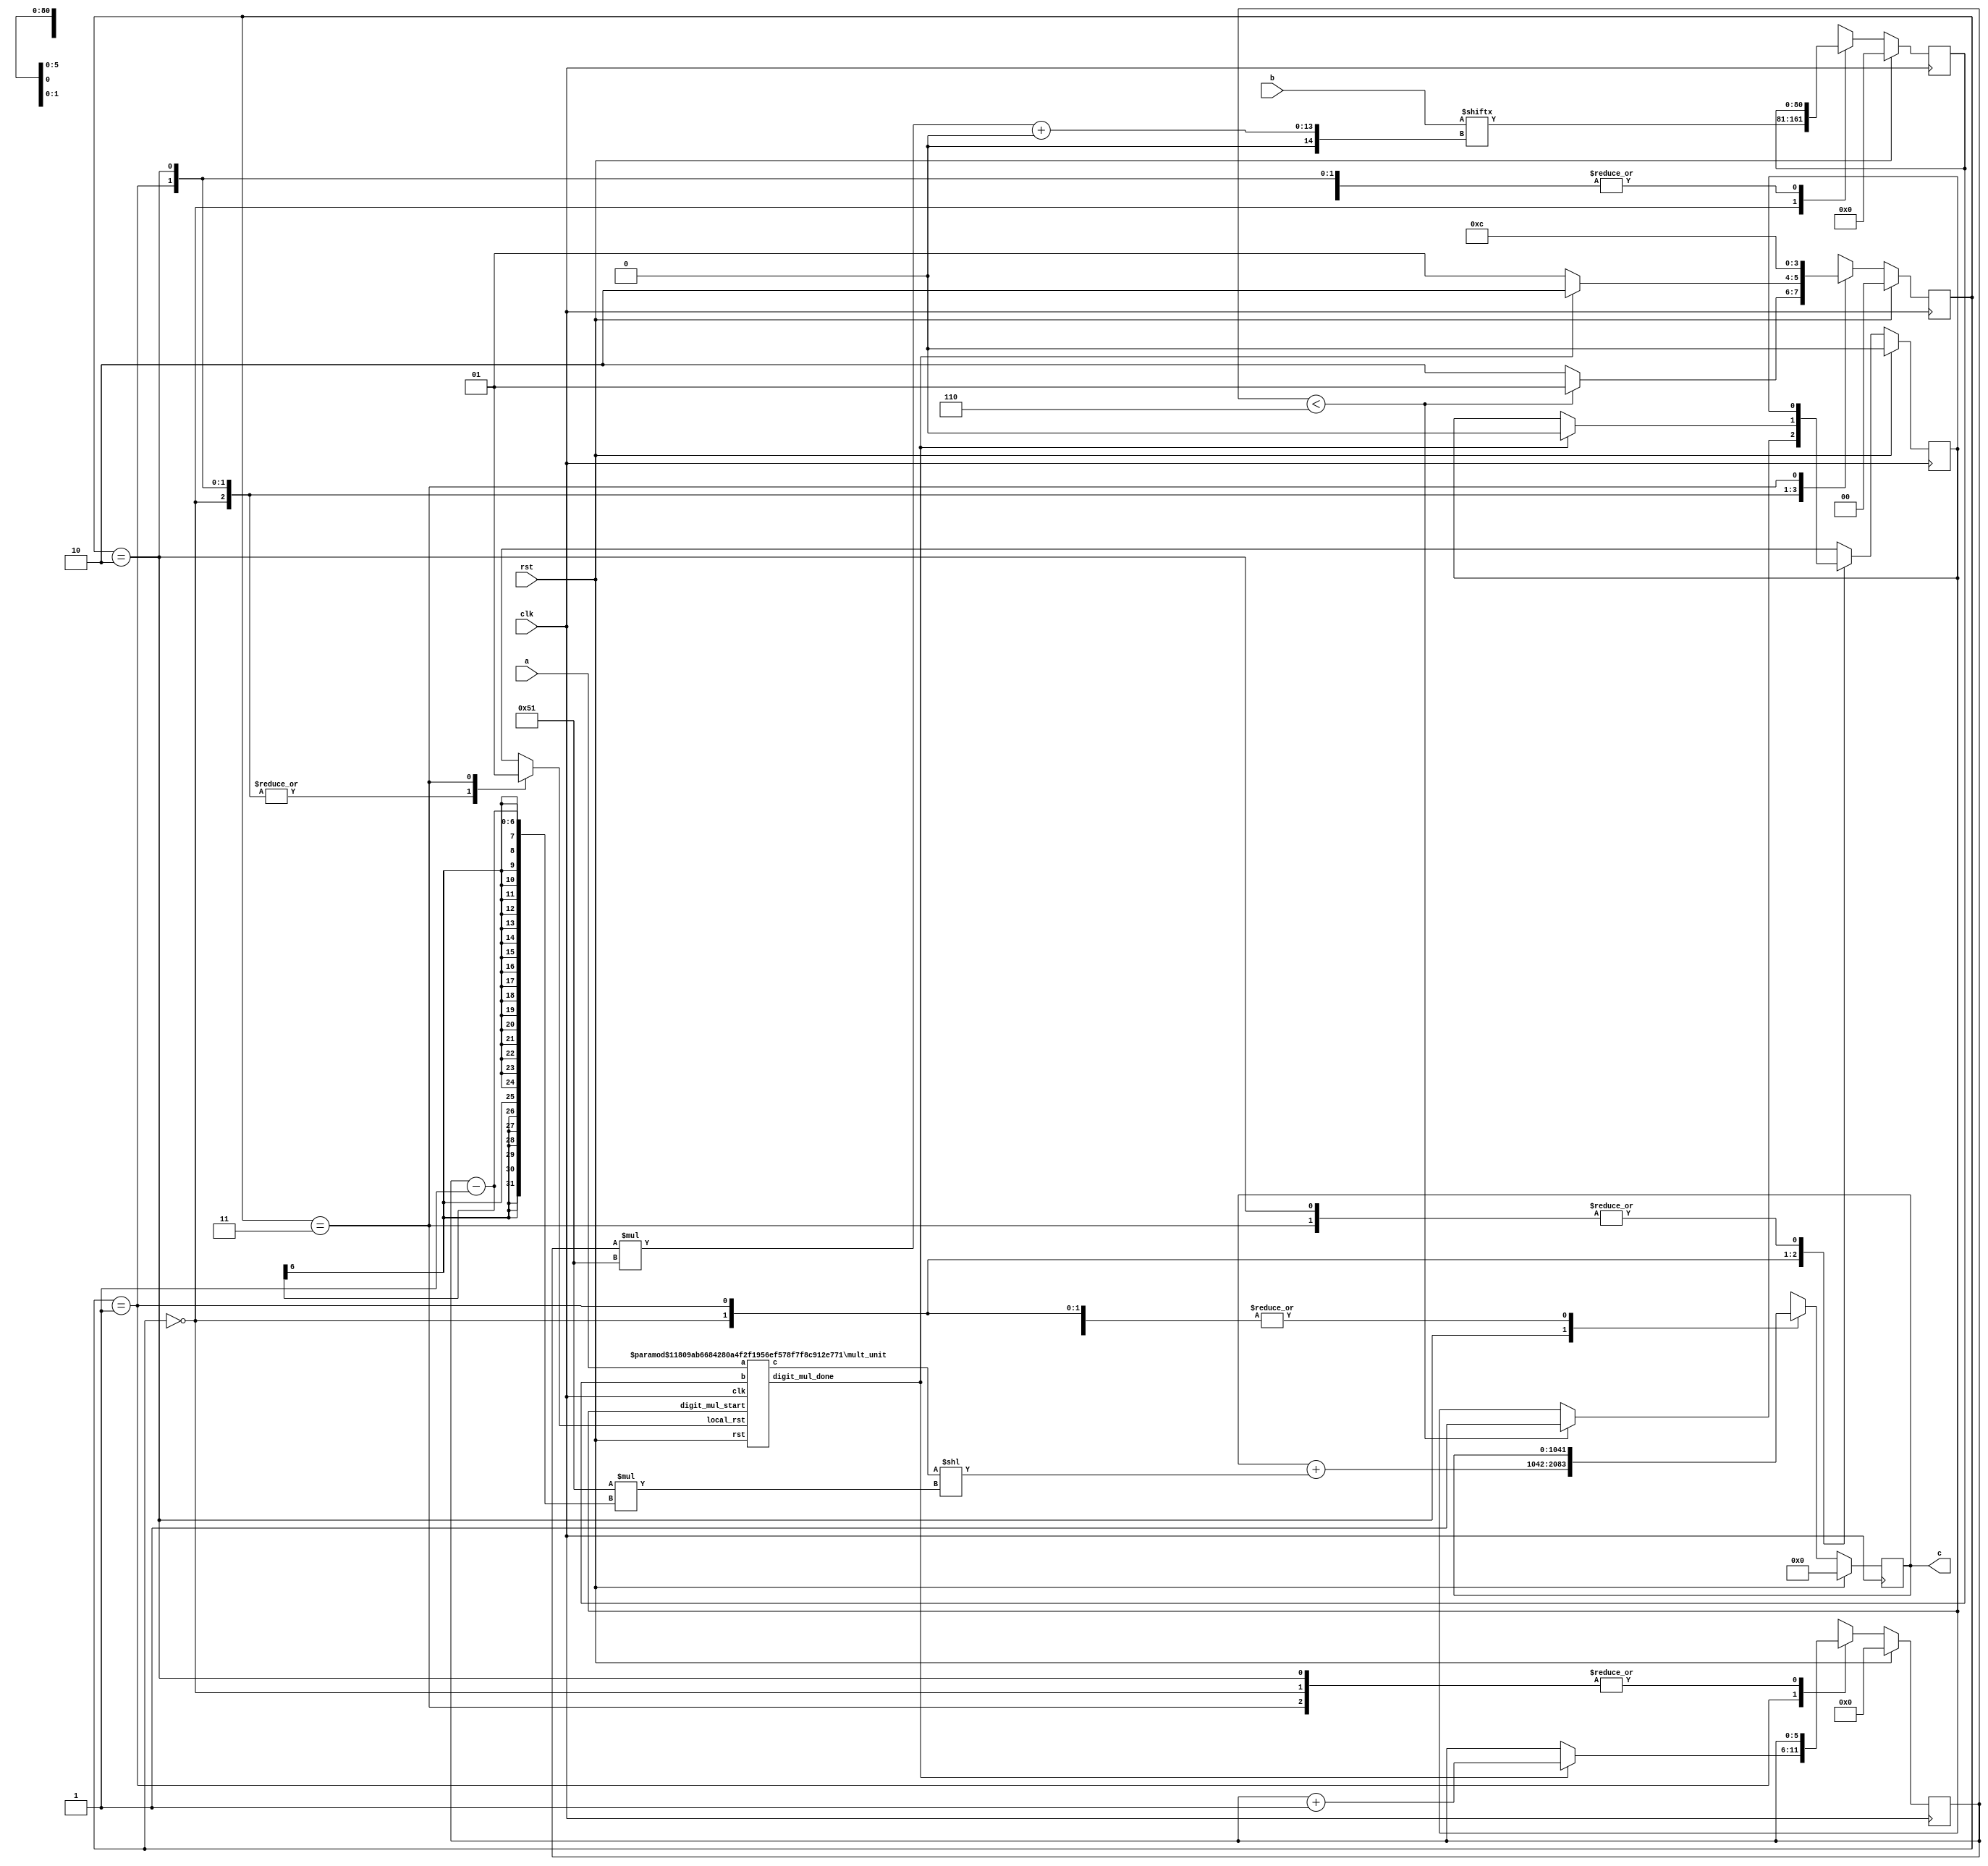
// TalTech large multiplier library
// Multiplier type: sbm_digitized
// Parameters: 521 521 1
// Target tool: genus
module sbm_digitized(clk, rst, a, b, c);

// Declaration of parameters
parameter SIZEA = 521;
parameter SIZEB = 521;
parameter SIZEOF_DIGITS = 81;
parameter DIGITS = 7;

// Declaration of module inputs and outputs
input clk;
input rst;
input [520:0] a;
input [520:0] b;
output reg [1041:0] c;

// Set local parameters for FSM controller
localparam ST_RUN = 0;
localparam ST_WAIT = 1;
localparam ST_OFFSET = 2;
localparam ST_RST = 3;

// Registers declaration 
reg local_rst;
reg digit_mul_start;
reg digit_mul_start_next;
reg  [80:0] short_b;
reg  [80:0] short_b_next;
reg  [5:0] counter_digits;
reg  [5:0] counter_digits_next;
reg  [1:0] state;
reg  [1:0] next_state;
reg  [1041:0] next_c;
reg  [520:0] tmp;
reg  [258:0] upper_addr;
reg  [258:0] lower_addr;

// Wires declaration 
wire digit_mul_done;
wire  [601:0] short_c;

// Multiplier Instance
mult_unit #(521, 81) mult_unit (clk, rst, local_rst, a, short_b, digit_mul_start, short_c, digit_mul_done);

// FSM-controller --< Sequential Part
always @(posedge clk) begin
	if (rst == 1'b1) begin
		state <= ST_RUN;
		c <= 1042'b0;
		counter_digits <= 6'b0;
		short_b <= 81'b0;
		digit_mul_start <= 1'b0;
	end
	else begin
		state <= next_state;
		c <= next_c;
		counter_digits <= counter_digits_next;
		short_b <= short_b_next;
		digit_mul_start <= digit_mul_start_next;
	end
end

// FSM-controller --< Combinational Part
always @ (*) begin 
	next_state = state;
	next_c = c;
	digit_mul_start_next = digit_mul_start;
	local_rst = 0;
	counter_digits_next = counter_digits;
	short_b_next = short_b;
	tmp = tmp;
	case (state)
		ST_RUN: begin
			tmp[520:0] = b[520:0];
			lower_addr = counter_digits_next*(81);
			short_b_next = tmp[lower_addr+:81];
			if (counter_digits_next < 6) begin
				digit_mul_start_next = 1'b1;
				next_state = ST_WAIT;
			end
			else begin 
				next_state = ST_OFFSET;
			end
		end
		ST_WAIT: begin
			if (digit_mul_done == 1'b1) begin
				digit_mul_start_next = 1'b0;
				counter_digits_next = counter_digits_next +1;
				next_state = ST_OFFSET;
			end
			else begin 
				next_state = ST_WAIT;
			end
		end
		ST_OFFSET: begin
			next_c = next_c + (short_c << 81 *(counter_digits_next-1));
			next_state = ST_RST;
		end
		ST_RST: begin
			local_rst = 1'b1;
			next_state = ST_RUN;
		end
	endcase
end
endmodule

// multiplier inside the sbm_digitized
module mult_unit(clk, rst, local_rst, a, b, digit_mul_start, c, digit_mul_done);

// Declaration of parameters
parameter SHORTA = 1;
parameter SHORTB = 1;

// Declaration of module inputs and outputs
input clk;
input rst;
input local_rst;
input [520:0] a;
input [80:0] b;
input digit_mul_start;
output reg [601:0] c;
output reg digit_mul_done;

// Registers declaration 
reg [11:0] count;

always @ (posedge clk) begin 
	if ((rst == 1'b1) || (local_rst == 1'b1)) begin
		c <= {SHORTA+SHORTB { 1'b0}};
		count <= 12'd0;
		digit_mul_done <= 1'b0;
	end
	else begin
		if (digit_mul_start == 1'b1) begin
			if (count < SHORTB) begin
				if (b[count] == 1) begin
					c <= c + (a << count);
				end
					count <= count + 12'd1;
			end
			else begin
				digit_mul_done <= 1'b1;
			end
		end
	end
end
endmodule